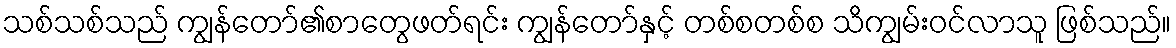
သစ်သစ်သည် ကျွန်တော်၏စာတွေဖတ်ရင်း ကျွန်တော်နှင့် တစ်စတစ်စ သိကျွမ်းဝင်လာသူ ဖြစ်သည်။